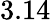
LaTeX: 3.14